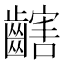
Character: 𪙏